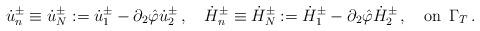
LaTeX: \begin{align*}\dot u^\pm_n\equiv \dot u^\pm_N:=\dot u_1^\pm-\partial_2\hat\varphi\dot u^\pm_2\,,\quad\dot H^\pm_n\equiv \dot H^\pm_N:=\dot H_1^\pm-\partial_2\hat\varphi\dot H^\pm_2\,,\quad\mbox{on}\,\,\,\Gamma_T\,.\end{align*}